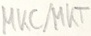
Text: MKC/MKT